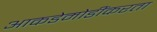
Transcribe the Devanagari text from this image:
आकडेमोडींकरता